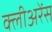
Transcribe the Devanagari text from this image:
क्लीअरेंस